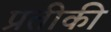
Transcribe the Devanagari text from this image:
प्रतीकी